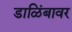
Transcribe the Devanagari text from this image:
डाळिंबावर